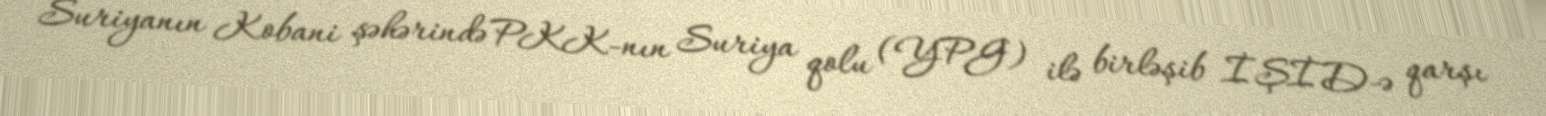
Suriyanın Kobani şəhərində PKK-nın Suriya qolu (YPG) ilə birləşib İŞİD-ə qarşı